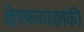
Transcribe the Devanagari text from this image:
क्षेत्रफळाइतकी